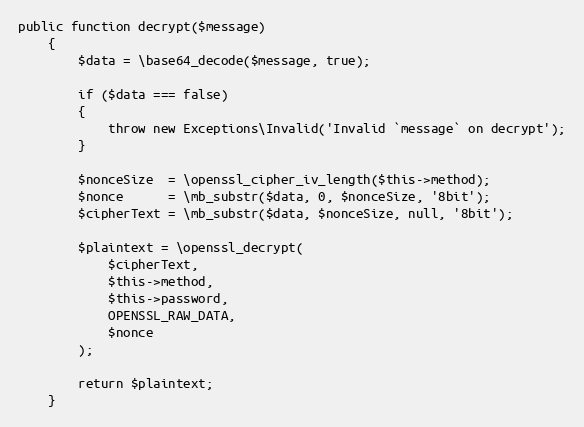
Language: PHP
public function decrypt($message)
    {
        $data = \base64_decode($message, true);

        if ($data === false)
        {
            throw new Exceptions\Invalid('Invalid `message` on decrypt');
        }

        $nonceSize  = \openssl_cipher_iv_length($this->method);
        $nonce      = \mb_substr($data, 0, $nonceSize, '8bit');
        $cipherText = \mb_substr($data, $nonceSize, null, '8bit');

        $plaintext = \openssl_decrypt(
            $cipherText,
            $this->method,
            $this->password,
            OPENSSL_RAW_DATA,
            $nonce
        );

        return $plaintext;
    }